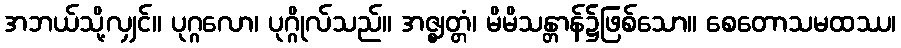
အဘယ်သို့လျှင်။ ပုဂ္ဂလော၊ ပုဂ္ဂိုလ်သည်။ အဇ္ဈတ္တံ၊ မိမိသန္တာန်၌ဖြစ်သော။ စေတောသမထဿ၊